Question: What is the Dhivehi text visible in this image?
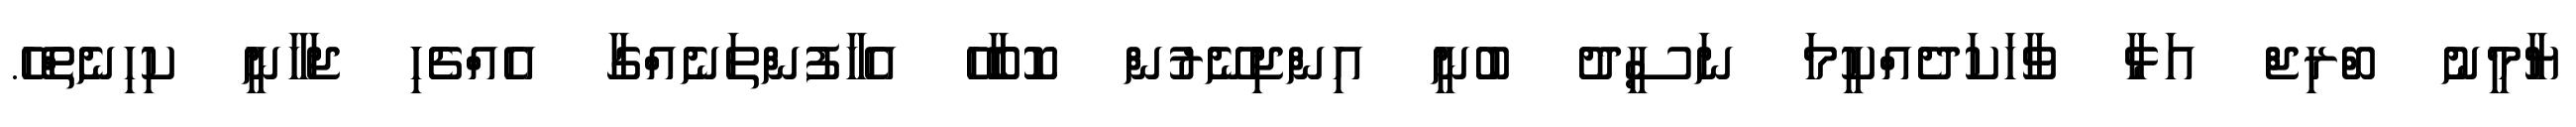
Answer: ޔާމީނު ބްރިޖް އަޅާ ވާހަކަދެއްކީމަ ނަސީދު ބުނީ އިންޖިނޭރުން ކޮބާހޭ އެހާފުންތަނެއްގާ އެއްޗެހި ޖަހާނީ ކިހިނެތްހޭ.